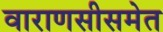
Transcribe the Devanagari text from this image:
वाराणसीसमेत